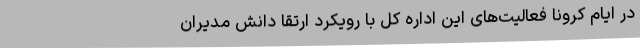
در ایام کرونا فعالیت‌های این اداره کل با رویکرد ارتقا دانش مدیران